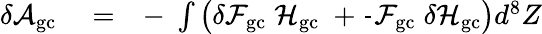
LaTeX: \begin{array}{rlr}{\delta{\cal A}_{\mathrm{gc}}}&{{}=}&{-\; \int\left(\delta{\cal F}_{\mathrm{gc}}\; {\cal H}_{\mathrm{gc}}\; +\frac{}{}{\cal F}_{\mathrm{gc}}\; \delta{\cal H}_{\mathrm{gc}}\right)d^{8}Z}\end{array}